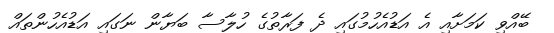
ބޭއްވި ކަމަށާއި އެ އަޑުއެހުމުގައި ދެ ފަރާތުގެ ހުލާސާ ބަޔާން ނަގައި އަޑުއެހުންތައް